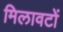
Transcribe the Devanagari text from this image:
मिलावटों